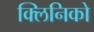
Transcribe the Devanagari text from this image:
क्लिनिको